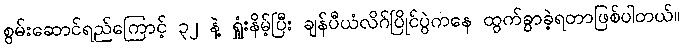
စွမ်းဆောင်ရည်ကြောင့် ၃၂ နဲ့ ရှုံးနိမ့်ပြီး ချန်ပီယံလိဂ်ပြိုင်ပွဲကနေ ထွက်ခွာခဲ့ရတာဖြစ်ပါတယ်။